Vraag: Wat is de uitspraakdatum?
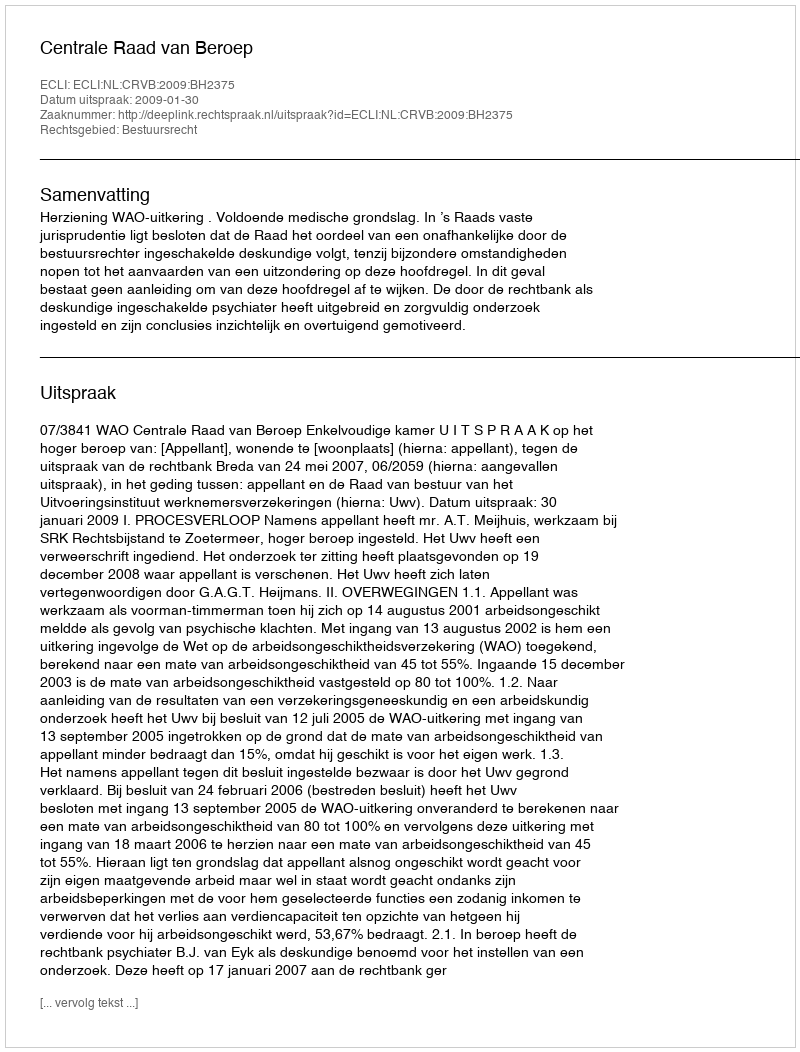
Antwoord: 2009-01-30